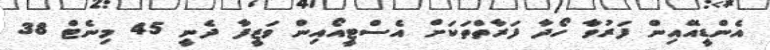
އެންޑީއޭއިން ފަރުވާ ހޯދާ ފަރާތްތަކަށް އެސްޓީއޯއިން ވަޒީފާ ދެނީ 45 މިނެޓް 38